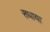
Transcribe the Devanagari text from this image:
सधाया